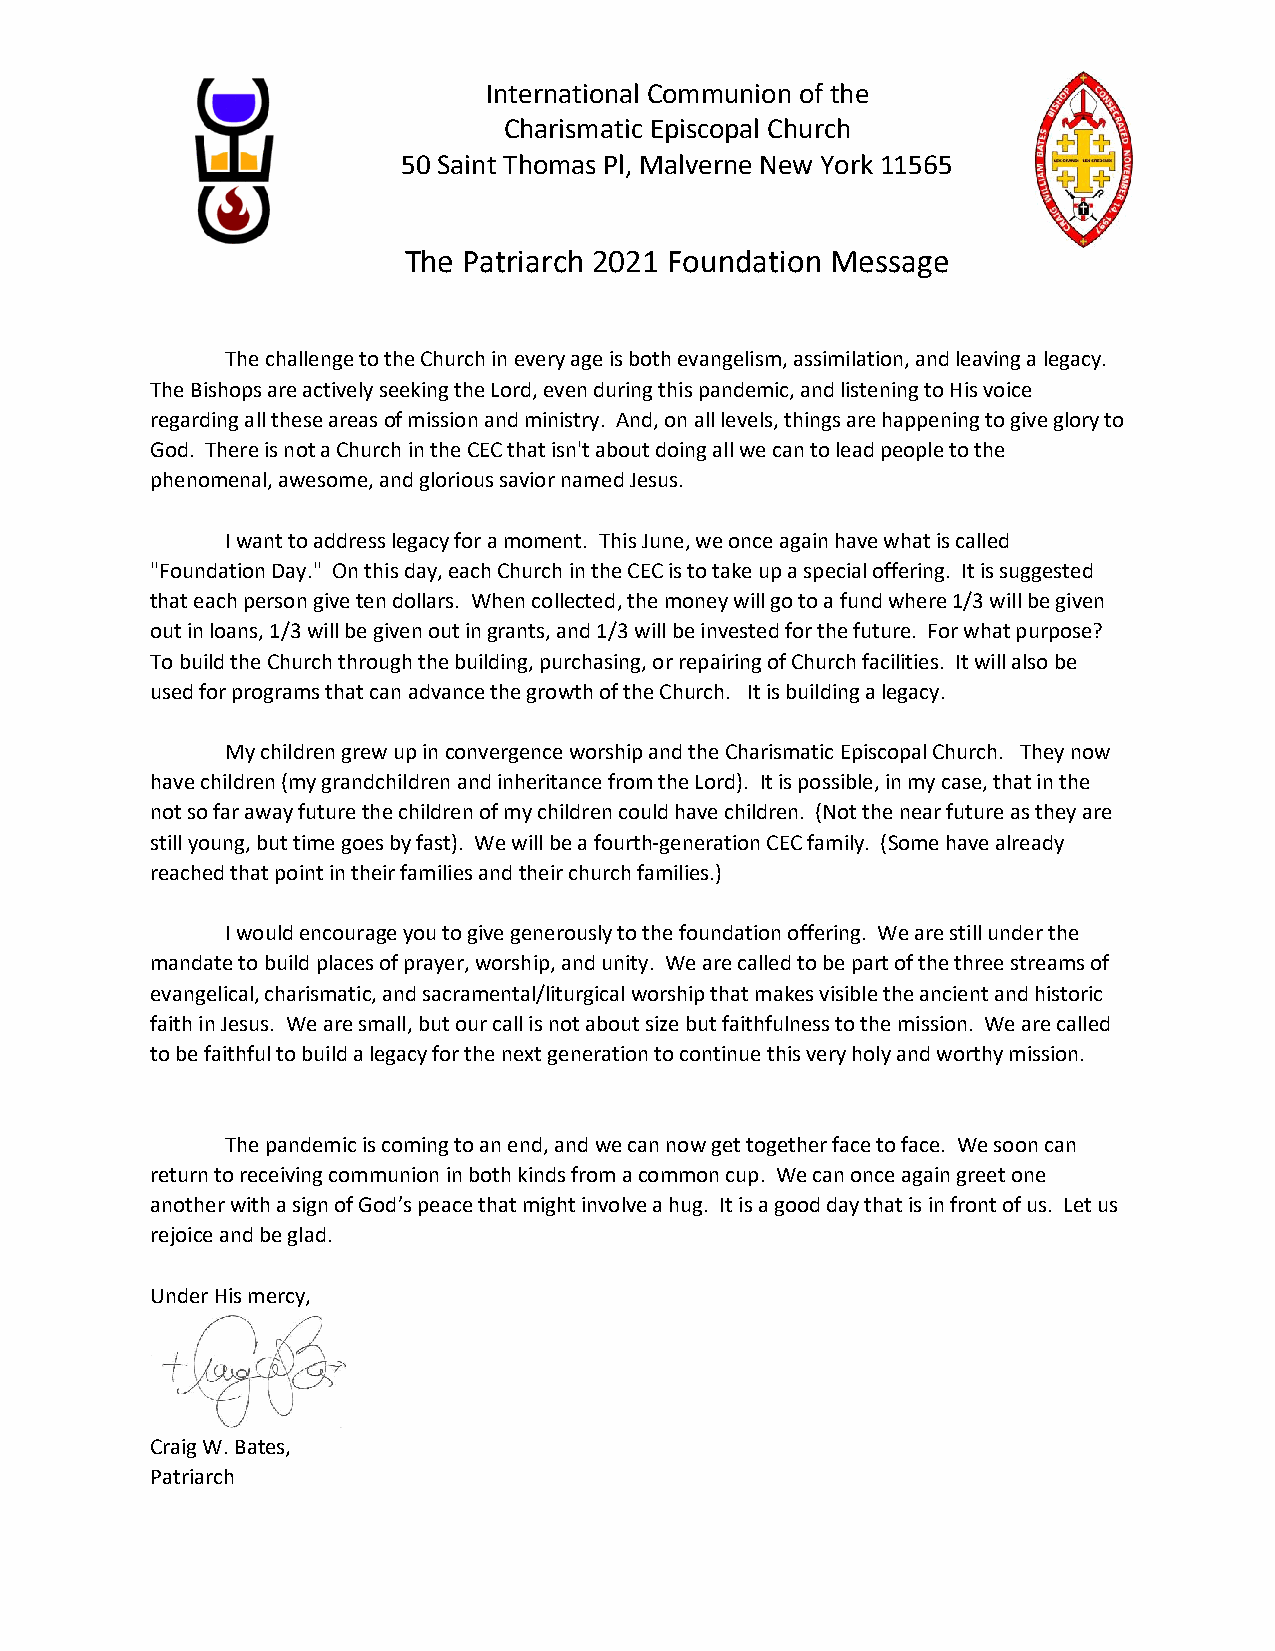
International Communion of the
 Charismatic Episcopal Church
 50 Saint Thomas Pl, Malverne New York 11565
 The Patriarch 2021 Foundation Message
 The challenge to the Church in every age is both evangelism, assimilation, and leaving a legacy.
 The Bishops are actively seeking the Lord, even during this pandemic, and listening to His voice
 regarding all these areas of mission and ministry. And, on all levels, things are happening to give glory to
 God. There is not a Church in the CEC that isn't about doing all we can to lead people to the
 phenomenal, awesome, and glorious savior named Jesus.
 I want to address legacy for a moment. This June, we once again have what is called
 "Foundation Day." On this day, each Church in the CEC is to take up a special offering. It is suggested
 that each person give ten dollars. When collected, the money will go to a fund where 1/3 will be given
 out in loans, 1/3 will be given out in grants, and 1/3 will be invested for the future. For what purpose?
 To build the Church through the building, purchasing, or repairing of Church facilities. It will also be
 used for programs that can advance the growth of the Church. It is building a legacy.
 My children grew up in convergence worship and the Charismatic Episcopal Church. They now
 have children (my grandchildren and inheritance from the Lord). It is possible, in my case, that in the
 not so far away future the children of my children could have children. (Not the near future as they are
 still young, but time goes by fast). We will be a fourth-generation CEC family. (Some have already
 reached that point in their families and their church families.)
 I would encourage you to give generously to the foundation offering. We are still under the
 mandate to build places of prayer, worship, and unity. We are called to be part of the three streams of
 evangelical, charismatic, and sacramental/liturgical worship that makes visible the ancient and historic
 faith in Jesus. We are small, but our call is not about size but faithfulness to the mission. We are called
 to be faithful to build a legacy for the next generation to continue this very holy and worthy mission.
 The pandemic is coming to an end, and we can now get together face to face. We soon can
 return to receiving communion in both kinds from a common cup. We can once again greet one
 another with a sign of God’s peace that might involve a hug. It is a good day that is in front of us. Let us
 rejoice and be glad.
 Under His mercy,
 Craig W. Bates,
 Patriarch